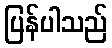
ပြန်ပါသည်